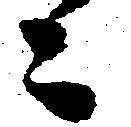
々